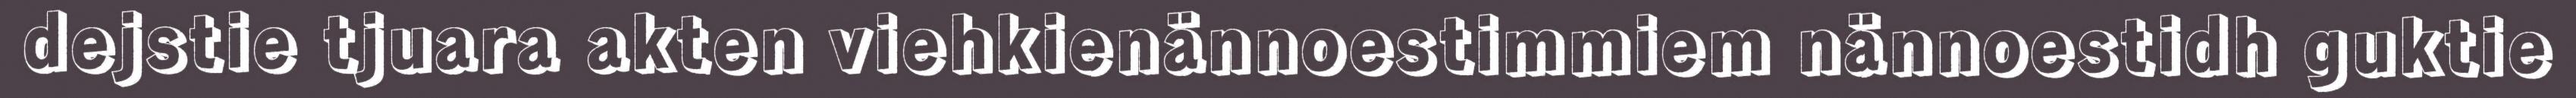
dejstie tjuara akten viehkienännoestimmiem nännoestidh guktie